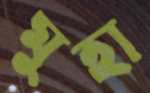
মুহা